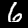
Label: 6